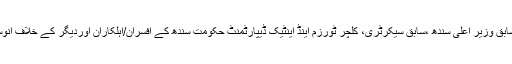
ایگزیکٹو بورڈ اجلاس نے سابق وزیر اعلی سندھ ،سابق سیکرٹری، کلچر ٹورزم اینڈ اینٹیک ڈیپارٹمنٹ حکومت سندھ کے افسران/اہلکاران اوردیگر کے خلاف انوسٹی گیشن کی منظوری دی۔